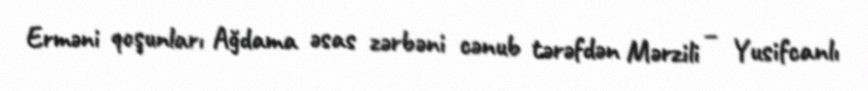
Erməni qoşunları Ağdama əsas zərbəni cənub tərəfdən Mərzili – Yusifcanlı